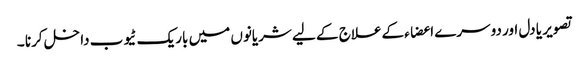
تصویر یا دل اور دوسرے اعضاء کےعلاج کے لیے شریانوں میں باریک ٹیوب داخل کرنا ۔